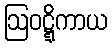
ဩဝဋ္ဋိကာယ